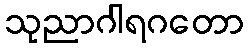
သုညာဂါရဂတော